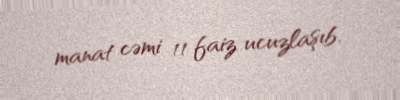
manat cəmi 11 faiz ucuzlaşıb.